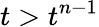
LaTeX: t>t^{n-1}